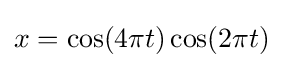
x=\cos(4\pi t)\cos(2\pi t)